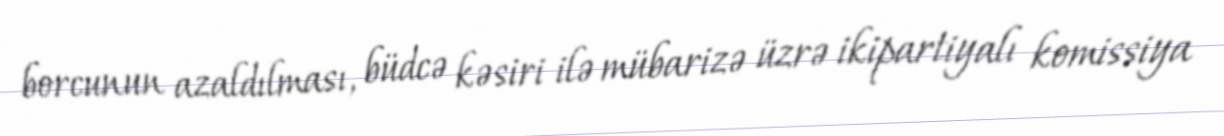
borcunun azaldılması, büdcə kəsiri ilə mübarizə üzrə ikipartiyalı komissiya